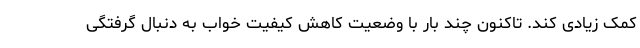
کمک زیادی کند. تاکنون چند بار با وضعیت کاهش کیفیت خواب به دنبال گرفتگی